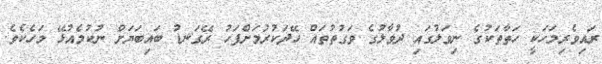
ރައިވެރިމަހަކީ ހަތާތަކުގެ ނިވަލުގައި ދުވާލުގެ ވަގުތުތައް ހޭދަކުރުމަށްފަހު ރޭގަނޑު ބައިބަޔަށް ނުކުމެއުޅޭ މަހެކެވެ.